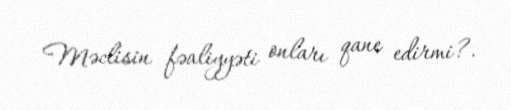
Məclisin fəaliyyəti onları qane edirmi?.